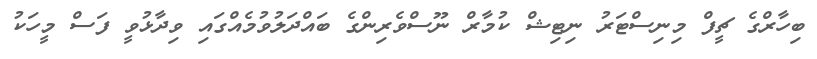
ބިހާރްގެ ޗީފް މިނިސްޓަރު ނިޓިޝް ކުމާރް ނޫސްވެރިންގެ ބައްދަލުވުމެއްގައި ވިދާޅުވީ ފަސް މީހަކު